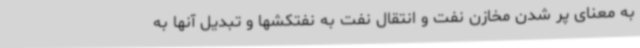
به معنای پر شدن مخازن نفت و انتقال نفت به نفتکشها و تبدیل آنها به